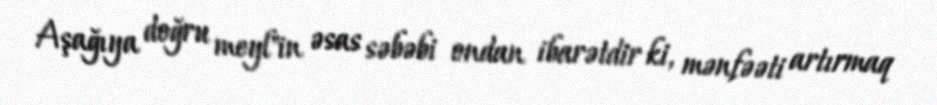
Aşağıya doğru meyl"in əsas səbəbi ondan ibarətdir ki, mənfəəti artırmaq